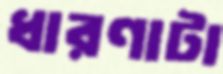
ধারণাটা